Annual administration report of the Civil Veterinary Department of India - 1898-1899
Year: 1898
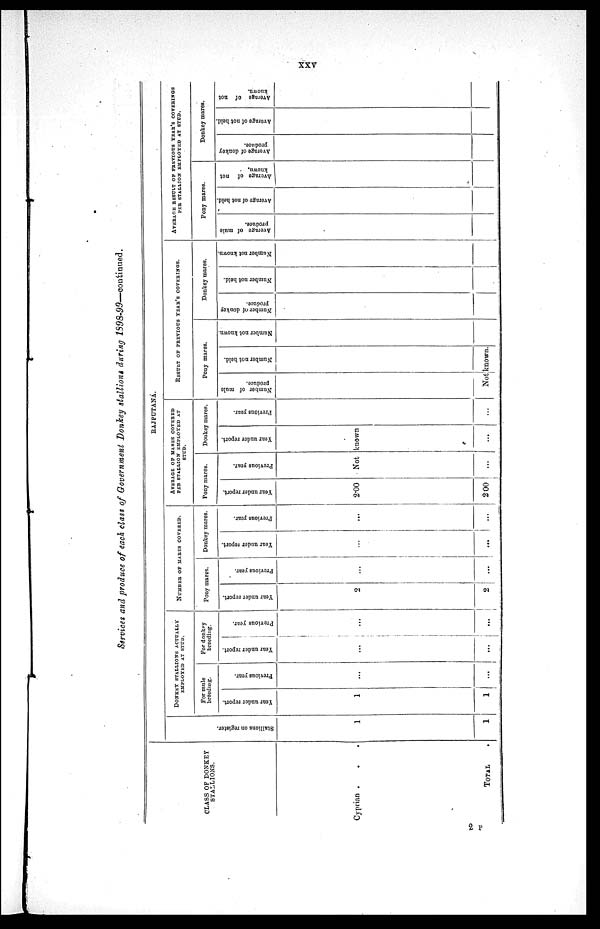
XXV
Services and produce of each class of Government Donkey stallions during 1898-99—coutinued.
CLASS OF DONKEY
STALLIONS.
Cyprian . . .
TOTAL .
RAJPUTANA.
Stallions on register.
1
1
DONKEY STALLIONS ACTUALLY
EMPLOYED AT STUD.
For mule
breeding.
Year under report.
1
1
Previous year.
...
...
For donkey
breeding.
Year under report.
...
...
Pr evi ous year.
...
...
NUMBER OF MARES COVERED.
Pony mares.
Year under report.
2
2
Previous year.
...
...
Donkey mares.
Year under report.
...
...
Previous year.
...
...
AVERAGE OF MARES COVERED
PER STALLION EMPLOYED AT
STUD.
Pony mares.
Year
under report.
2.00
2.00
Previous year.
Donkey mares.
Year under report.
Not known
...
...
Previous year.
...
RESULT OF PREVIOUS YEAR'S COVERINGS.
Pony mares.
Number of mule
produce.
Number not held.
Not known.
Number not known.
Donkey mares.
Number of donkey
produce.
Number not held.
Number not known.
AVERAGE RESULT OF PREVIOUS YEAR'S COVERING
PER STALLION EMPLOYED AT STUD.
Pony mares.
Average
of mule
produce.
Average of not held.
Average of not
known.
Donkey mares.
Average of donkey
produce.
Average
of not hold.
Average of not
known.
2 F